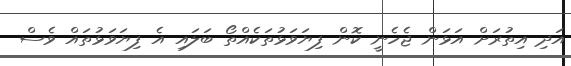
އަދި އިތުރަށް އަޅަން ޖެހެނީ ކޮން ފިޔަވަޅުތަކެއްތޯ ބަލައި އެ ފިޔަވަޅުތައް ވެސް